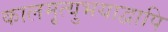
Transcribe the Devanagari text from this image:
कालमृत्युभयाद्वापि